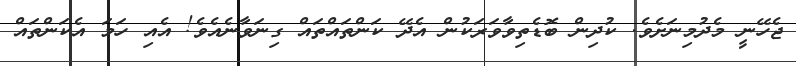
ޖެހޭނީ މެދުމިނަށެވެ. ކުދިން ބޮޑެތިވާވަރަކުން އެދޭ ކަންތައްތައް ގިނަވާނެއެވެ! އެއި ހަމަ އެކަންތައް